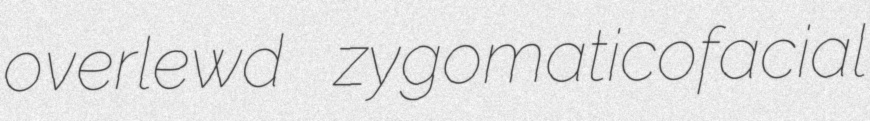
overlewd zygomaticofacial